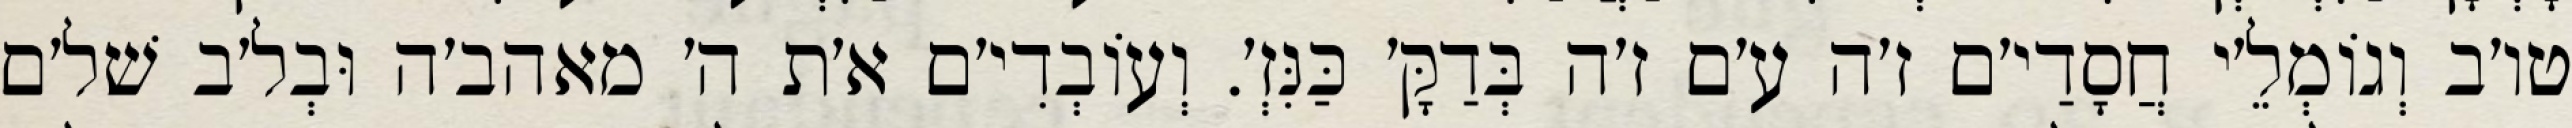
טו׳ב וְגוֹמְלֵ׳י חֲסָדַי׳ם ז׳ה ע׳ם ז׳ה בְּדַקָּ׳ כַּנִּזְ׳. וְעוֹבְדִי׳ם א׳ת ה׳ מאהב׳ה וּבְל׳ב שׁל׳ם